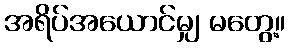
အရိပ်အယောင်မျှ မတွေ့။